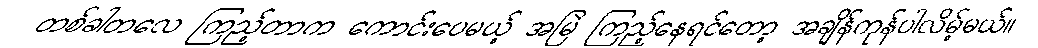
တစ်ခါတလေ ကြည့်တာက ကောင်းပေမယ့် အမြဲ ကြည့်နေရင်တော့ အချိန်ကုန်ပါလိမ့်မယ်။